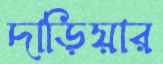
দাড়িয়ার